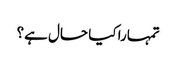
تمہارا کیا حال ہے؟